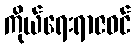
ကိုယ်ရေးရာဇဝင်